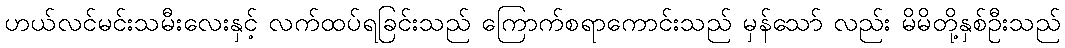
ဟယ်လင်မင်းသမီးလေးနှင့် လက်ထပ်ရခြင်းသည် ကြောက်စရာကောင်းသည် မှန်သော် လည်း မိမိတို့နှစ်ဦးသည်